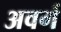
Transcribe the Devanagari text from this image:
अवर्ग